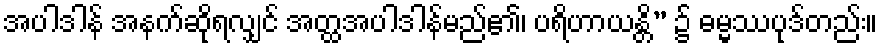
အပါဒါန် အနက်ဆိုရလျှင် အတ္ထအပါဒါန်မည်၏၊ ပရိဟာယန္တိ” ၌ ဓမ္မဿပုဒ်တည်း။